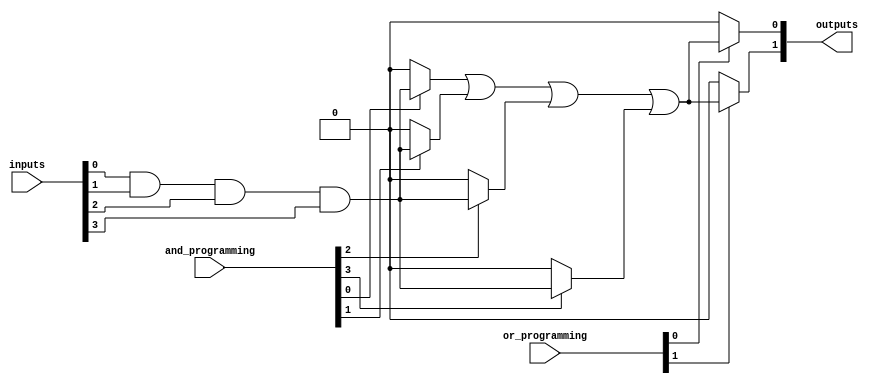
module FlashProgrammablePAL #(
    parameter NUM_INPUTS = 4,          // Number of input lines
    parameter NUM_PRODUCT_TERMS = 4,    // Number of product terms (AND gates)
    parameter NUM_OUTPUTS = 2            // Number of output lines
)(
    input wire [NUM_INPUTS-1:0] inputs,  // Input lines
    input wire [NUM_PRODUCT_TERMS-1:0] and_programming, // Programming control for AND gates
    input wire [NUM_OUTPUTS-1:0] or_programming, // Programming control for OR gates
    output wire [NUM_OUTPUTS-1:0] outputs // Output lines
);

// Define the programmable AND array
wire [NUM_PRODUCT_TERMS-1:0] and_outputs;

// Generate the programmable AND gates
genvar i, j;
generate
    for (i = 0; i < NUM_PRODUCT_TERMS; i = i + 1) begin : and_gate
        assign and_outputs[i] = (and_programming[i]) ? 
            (inputs[0] & inputs[1] & inputs[2] & inputs[3]) : 1'b0; // Example logic
    end
endgenerate

// Define the programmable OR array
wire [NUM_OUTPUTS-1:0] or_outputs;

// Generate the programmable OR gates
generate
    for (j = 0; j < NUM_OUTPUTS; j = j + 1) begin : or_gate
        assign outputs[j] = (or_programming[j]) ? 
            (and_outputs[0] | and_outputs[1] | and_outputs[2] | and_outputs[3]) : 1'b0; // Example logic
    end
endgenerate

endmodule